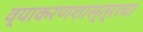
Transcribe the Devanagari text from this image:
व्याकरणशास्त्राचा